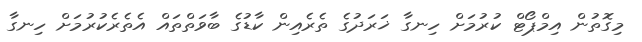
މިގޮތުން އިމްޕޯޓް ކުރުމަށް ހިނގާ ޚަރަދުގެ ތެރެއިން ކާޑުގެ ބާވަތްތައް އެތެރެކުރުމަށް ހިނގާ